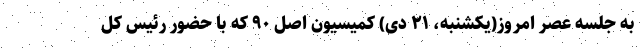
به جلسه عصر امروز(یکشنبه، ۲۱ دی) کمیسیون اصل ۹۰ که با حضور رئیس کل